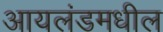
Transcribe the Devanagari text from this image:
आयलंडमधील